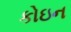
કોઇન